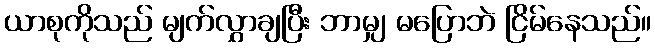
ယာစုကိုသည် မျက်လွှာချပြီး ဘာမျှ မပြောဘဲ ငြိမ်နေသည်။